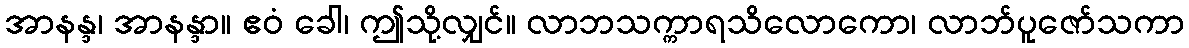
အာနန္ဒ၊ အာနန္ဒာ။ ဧဝံ ခေါ၊ ဤသို့လျှင်။ လာဘသက္ကာရသိလောကော၊ လာဘ်ပူဇော်သကာ